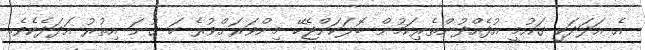
އެ އަދަދަކީ ގައުމީ އުފެއްދުންތެރިކަމުން ބޮލަކަށްޖެހޭ މިންވަރަށްވުރެ ހަ ގުނަ އިތުރު އަދަދެކެވެ.